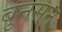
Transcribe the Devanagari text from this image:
बुनसन